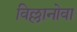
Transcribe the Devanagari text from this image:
विल्लानोवा